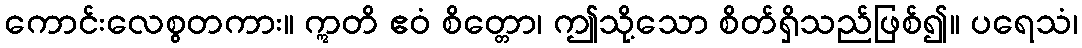
ကောင်းလေစွတကား။ ဣတိ ဧဝံ စိတ္တော၊ ဤသို့သော စိတ်ရှိသည်ဖြစ်၍။ ပရေသံ၊